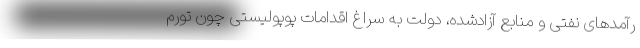
رآمدهای نفتی و منابع آزادشده، دولت به سراغ اقدامات پوپولیستی چون تورم